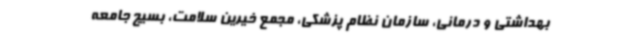
بهداشتی و درمانی، سازمان نظام پزشکی، مجمع خیرین سلامت، بسیج جامعه